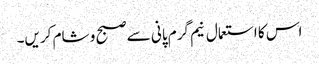
اس کا استعمال نیم گرم پانی سے صبح و شام کریں۔